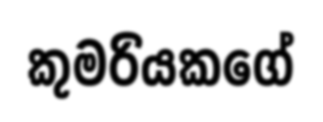
කුමරියකගේ